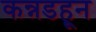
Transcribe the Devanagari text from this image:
कन्नडहून